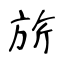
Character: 旂